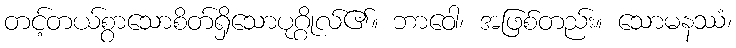
တင့်တယ်စွာသောစိတ်ရှိသောပုဂ္ဂိုလ်၏။ ဘာဝေါ၊ အဖြစ်တည်း။ သောမနဿံ၊